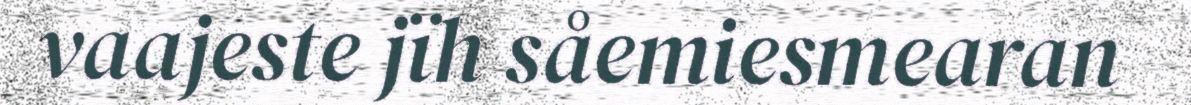
vaajeste jïh såemiesmearan